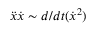
\ddot { x } \dot { x } \sim d / d t ( \dot { x } ^ { 2 } )